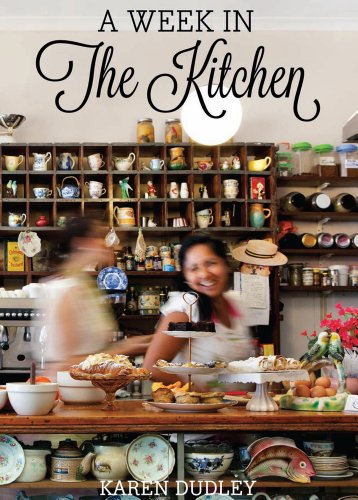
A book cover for A Week in the Kitchen; Karen Dudley; Cookbooks, Food & Wine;